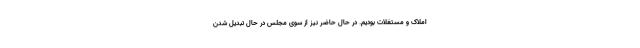
املاک و مستغلات بودیم. در حال حاضر نیز از سوی مجلس در حال تبدیل شدن